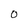
Character: 0